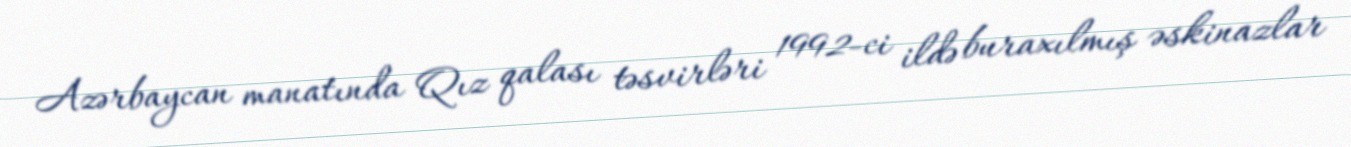
Azərbaycan manatında Qız qalası təsvirləri 1992-ci ildə buraxılmış əskinazlar